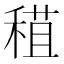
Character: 𥠙